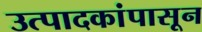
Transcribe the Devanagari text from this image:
उत्पादकांपासून